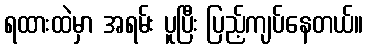
ရထားထဲမှာ အရမ်း ပူပြီး ပြည့်ကျပ်နေတယ်။